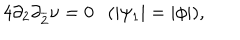
LaTeX: 4 \partial _ { 2 } \partial _ { \overline { { { 2 } } } } \nu = 0 ( | \psi _ { 1 } | = | \phi | ) ,